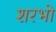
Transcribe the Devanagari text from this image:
शरभो